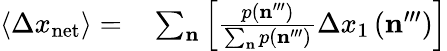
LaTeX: \begin{array}{rl}{\left\langle\Delta x_{\mathrm{net}}\right\rangle=}&{{}\sum_{\mathbf{n}}\Big[\frac{p\left(\mathbf{n}^{\prime\prime\prime}\right)}{\sum_{\mathbf{n}}p\left(\mathbf{n}^{\prime\prime\prime}\right)}\Delta x_{1}\left(\mathbf{n}^{\prime\prime\prime}\right)\Big]}\end{array}